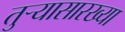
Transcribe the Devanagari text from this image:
तुर्‍यासारख्या